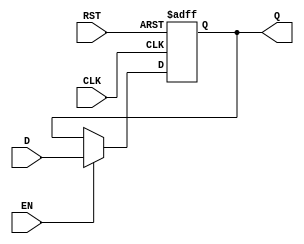
module OutputRegister (
    input wire D,        // Data Input
    input wire CLK,      // Clock Signal
    input wire EN,       // Enable Signal
    input wire RST,      // Reset Signal
    output reg Q         // Data Output
);

// Synchronous process for register behavior
always @(posedge CLK or posedge RST) begin
    if (RST) begin
        Q <= 1'b0;      // Clear the register on reset
    end else if (EN) begin
        Q <= D;         // Update the register value with input data
    end
    // If EN is not asserted, Q retains its previous value
end

endmodule